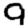
Digit: 9